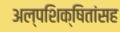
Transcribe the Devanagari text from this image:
अल्पशिक्षितांसह